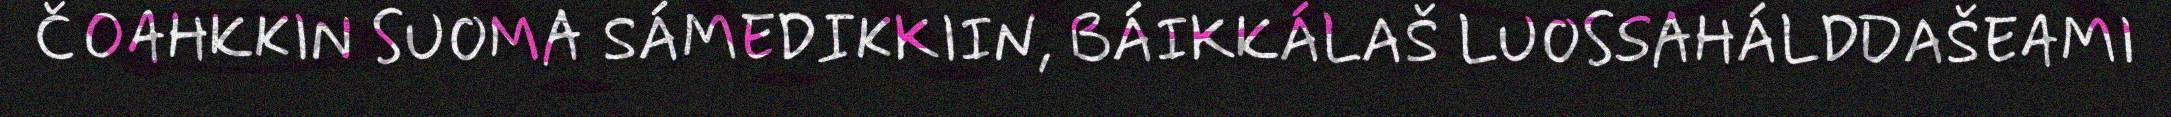
ČOAHKKIN SUOMA SÁMEDIKKIIN, BÁIKKÁLAŠ LUOSSAHÁLDDAŠEAMI